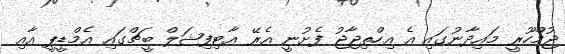
ޖުމްހޫރީ މައިދާނުގައި އެ އިހްތިޖާޖު ފެށުނީ އެރޭ އާޓިފިޝަލް ބީޗްގައި އެމްޑީޕީ އާއި